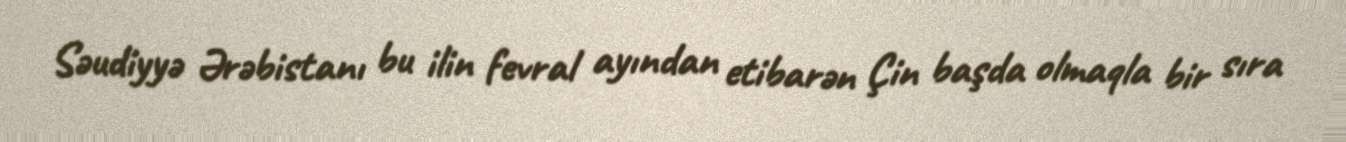
Səudiyyə Ərəbistanı bu ilin fevral ayından etibarən Çin başda olmaqla bir sıra